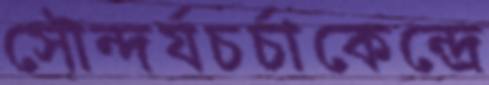
সৌন্দর্যচর্চাকেন্দ্রে